Civil Veterinary Dept. Bombay admin report 1893-99 - 1893-1899
Year: 1893
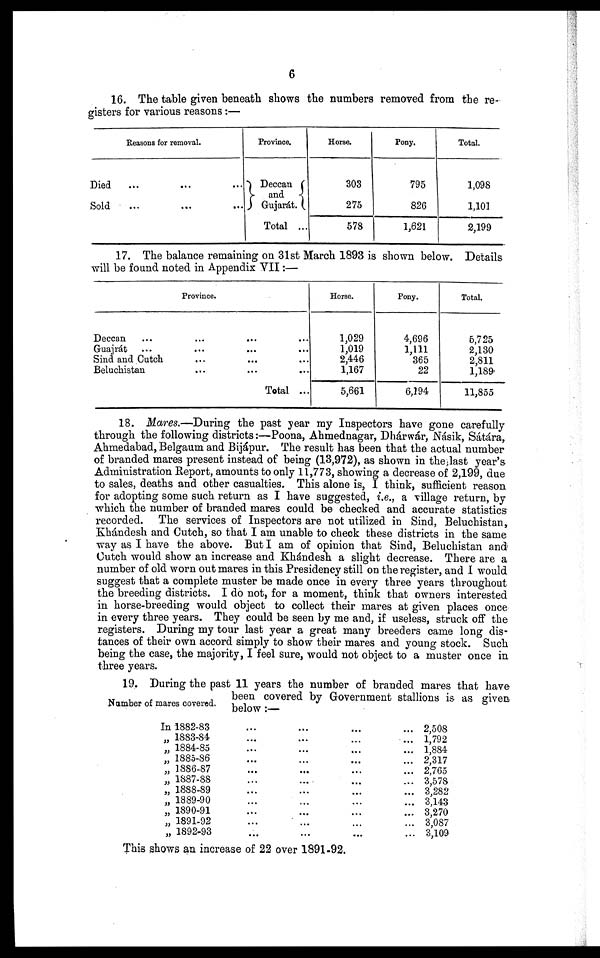
6
16. The table given beneath shows the numbers removed from the re-
gisters for various reasons:—
Died
Sold
Reasons for removal.
... ... ...
... ... ...
Province.
Deccan
and
Gujarát.
Total ...
Horse.
303
275
578
Pony.
795
826
1,621
Total.
1,098
1,101
2,199
17. The balance remaining on 31st March 1893 is shown below. Details
will be found noted in Appendix VII:—
Province.
Deccan ... ... ... ...
Guajrát ... ... ... ...
Sind and Cutch ... ... ... ... ...
Beluchistan ... ... ...
Total ...
Horse.
1,029
1,019
2,446
1,167
5,661
Pony.
4,696
1,111
365
22
6,194
Total.
5,725
2,130
2,811
1,189
11,855
18. Mares.—During the past year my Inspectors have gone carefully
through the following districts:—Poona, Ahmednagar, Dhárwár, Násik, Sátára,
Ahmedabad, Belgaum and Bijápur. The result has been that the actual number
of branded mares present instead of being (13,972), as shown in the last year's
Administration Report, amounts to only 11,773, showing a decrease of 2,199, due
to sales, deaths and other casualties. This alone is, I think, sufficient reason
for adopting some such return as I have suggested, i.e., a village return, by
which the number of branded mares could be checked and accurate statistics
recorded. The services of Inspectors are not utilized in Sind, Beluchistan,
Khándesh and Cutch, so that I am unable to check these districts in the same
way as I have the above. But I am of opinion that Sind, Beluchistan and
Cutch would show an increase and Khándesh a slight decrease. There are a
number of old worn out mares in this Presidency still on the register, and I would
suggest that a complete muster be made once in every three years throughout
the breeding districts. I do not, for a moment, think that owners interested
in horse-breeding would object to collect their mares at given places once
in every three years. They could be seen by me and, if useless, struck off the
registers. During my tour last year a great many breeders came long dis-
tances of their own accord simply to show their mares and young stock. Such
being the case, the majority, I feel sure, would not object to a muster once in
three years.
Number of mares covered.
19. During the past 11 years the number of branded mares that have
been covered by Government stallions is as given
below:—
In 1882-83 ... ... ... ...
„ 1883-84 ... ... ... ...
„ 1884-85 ... ... ... ...
„ 1885-86 ... ... ... ...
„ 1886-87 ... ... ... ...
„ 1887-88 ... ... ... ...
„ 1888-89 ... ... ... ...
„ 1889-90 ... ... ... ...
„ 1890-91 ... ... ... ...
„ 1891-92 ... ... ... ...
„ 1892-93 ... ... ... ...
2,508
1,792
1,884
2,317
2,765
3,578
3,282
3,143
3,270
3,087
3,109
This shows an increase of 22 over 1891-92.